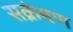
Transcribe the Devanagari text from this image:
सक्रंमण